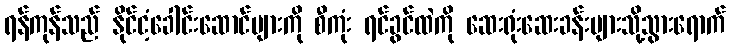
ရန်ကုန်သည် နိုင်ငံ့ခေါင်းဆောင်များကို စီကုံး ရင်ခွင်ထဲကို ဆေးရုံးဆေးခန်းများသို့သွားရောက်